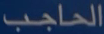
الحاجب